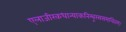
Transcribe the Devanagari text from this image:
एलाजीरकधान्याकनिम्बूरससमन्वितम्।